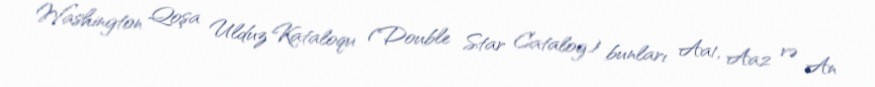
Washington Qoşa Ulduz Kataloqu (Double Star Catalog) bunları Aa1, Aa2 və An